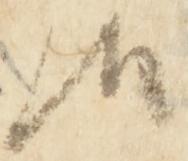
候